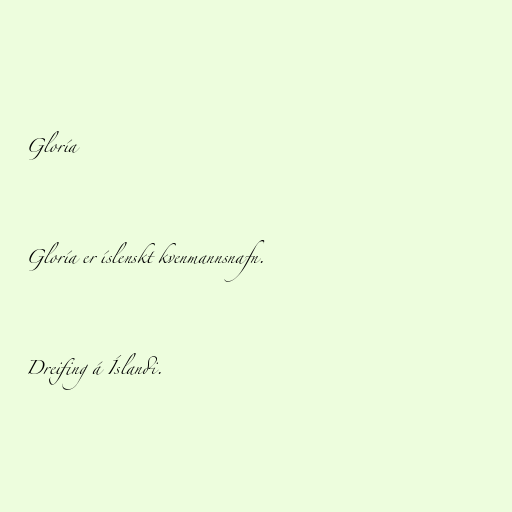
Gloría

Gloría er íslenskt kvenmannsnafn.

Dreifing á Íslandi.